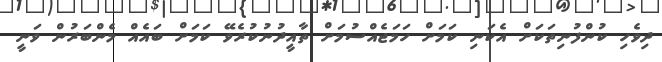
ދިވެހި ކުންފުނިތަކަށް އެކަނި ކަމަށް ހަމަޖެއްސުމަށް ތާއީދުނުކުރެވޭ ކަމަށް ބައެއް މެންބަރުން ވަނީ